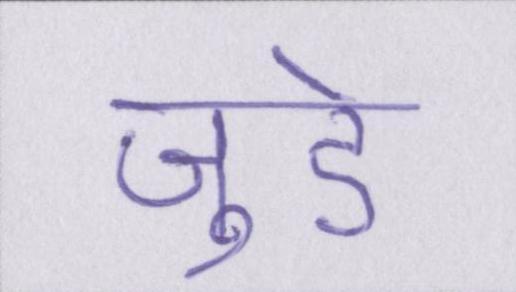
जुडे